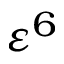
\varepsilon ^ { 6 }